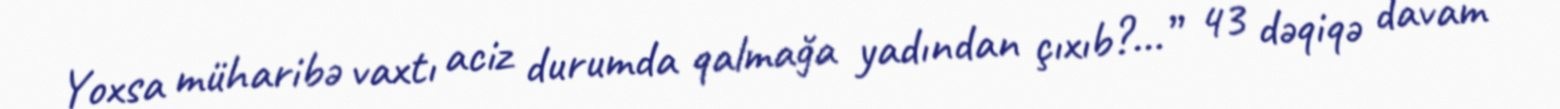
Yoxsa müharibə vaxtı aciz durumda qalmağa yadından çıxıb?...” 43 dəqiqə davam